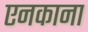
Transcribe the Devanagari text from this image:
एनकाना